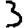
Digit: 3